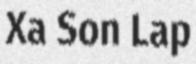
Xa Son Lap